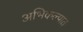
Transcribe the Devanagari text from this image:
अभिकल्पात